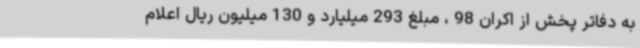
به دفاتر پخش از اکران 98 ، مبلغ 293 میلیارد و 130 میلیون ریال اعلام